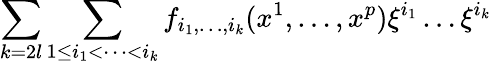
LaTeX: \sum_{k=2l}\sum_{1\le i_{1}<\dots<i_{k}}f_{i_{1},\dots,i_{k}}(x^{1},\dots,x^{p})\xi^{i_{1}}\dots\xi^{i_{k}}